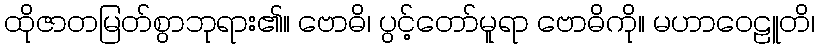
ထိုဇာတမြတ်စွာဘုရား၏။ ဗောဓိ၊ ပွင့်တော်မူရာ ဗောဓိကို။ မဟာဝေဠူတိ၊